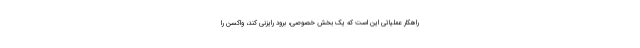
راهکار عملیاتی این است که یک بخش خصوصی، برود رایزنی کند، واکسن را